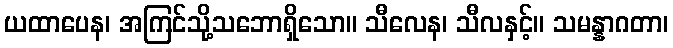
ယထာပေန၊ အကြင်သို့သဘောရှိသော။ သီလေန၊ သီလနှင့်။ သမန္နာဂတာ၊